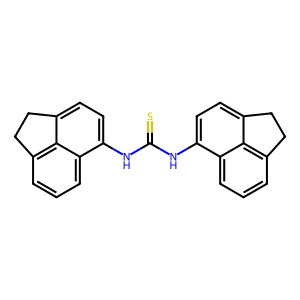
SMILES: S=C(Nc1ccc2c3c(cccc13)CC2)Nc1ccc2c3c(cccc13)CC2
Inhibits HIV replication: No